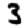
Digit: 3